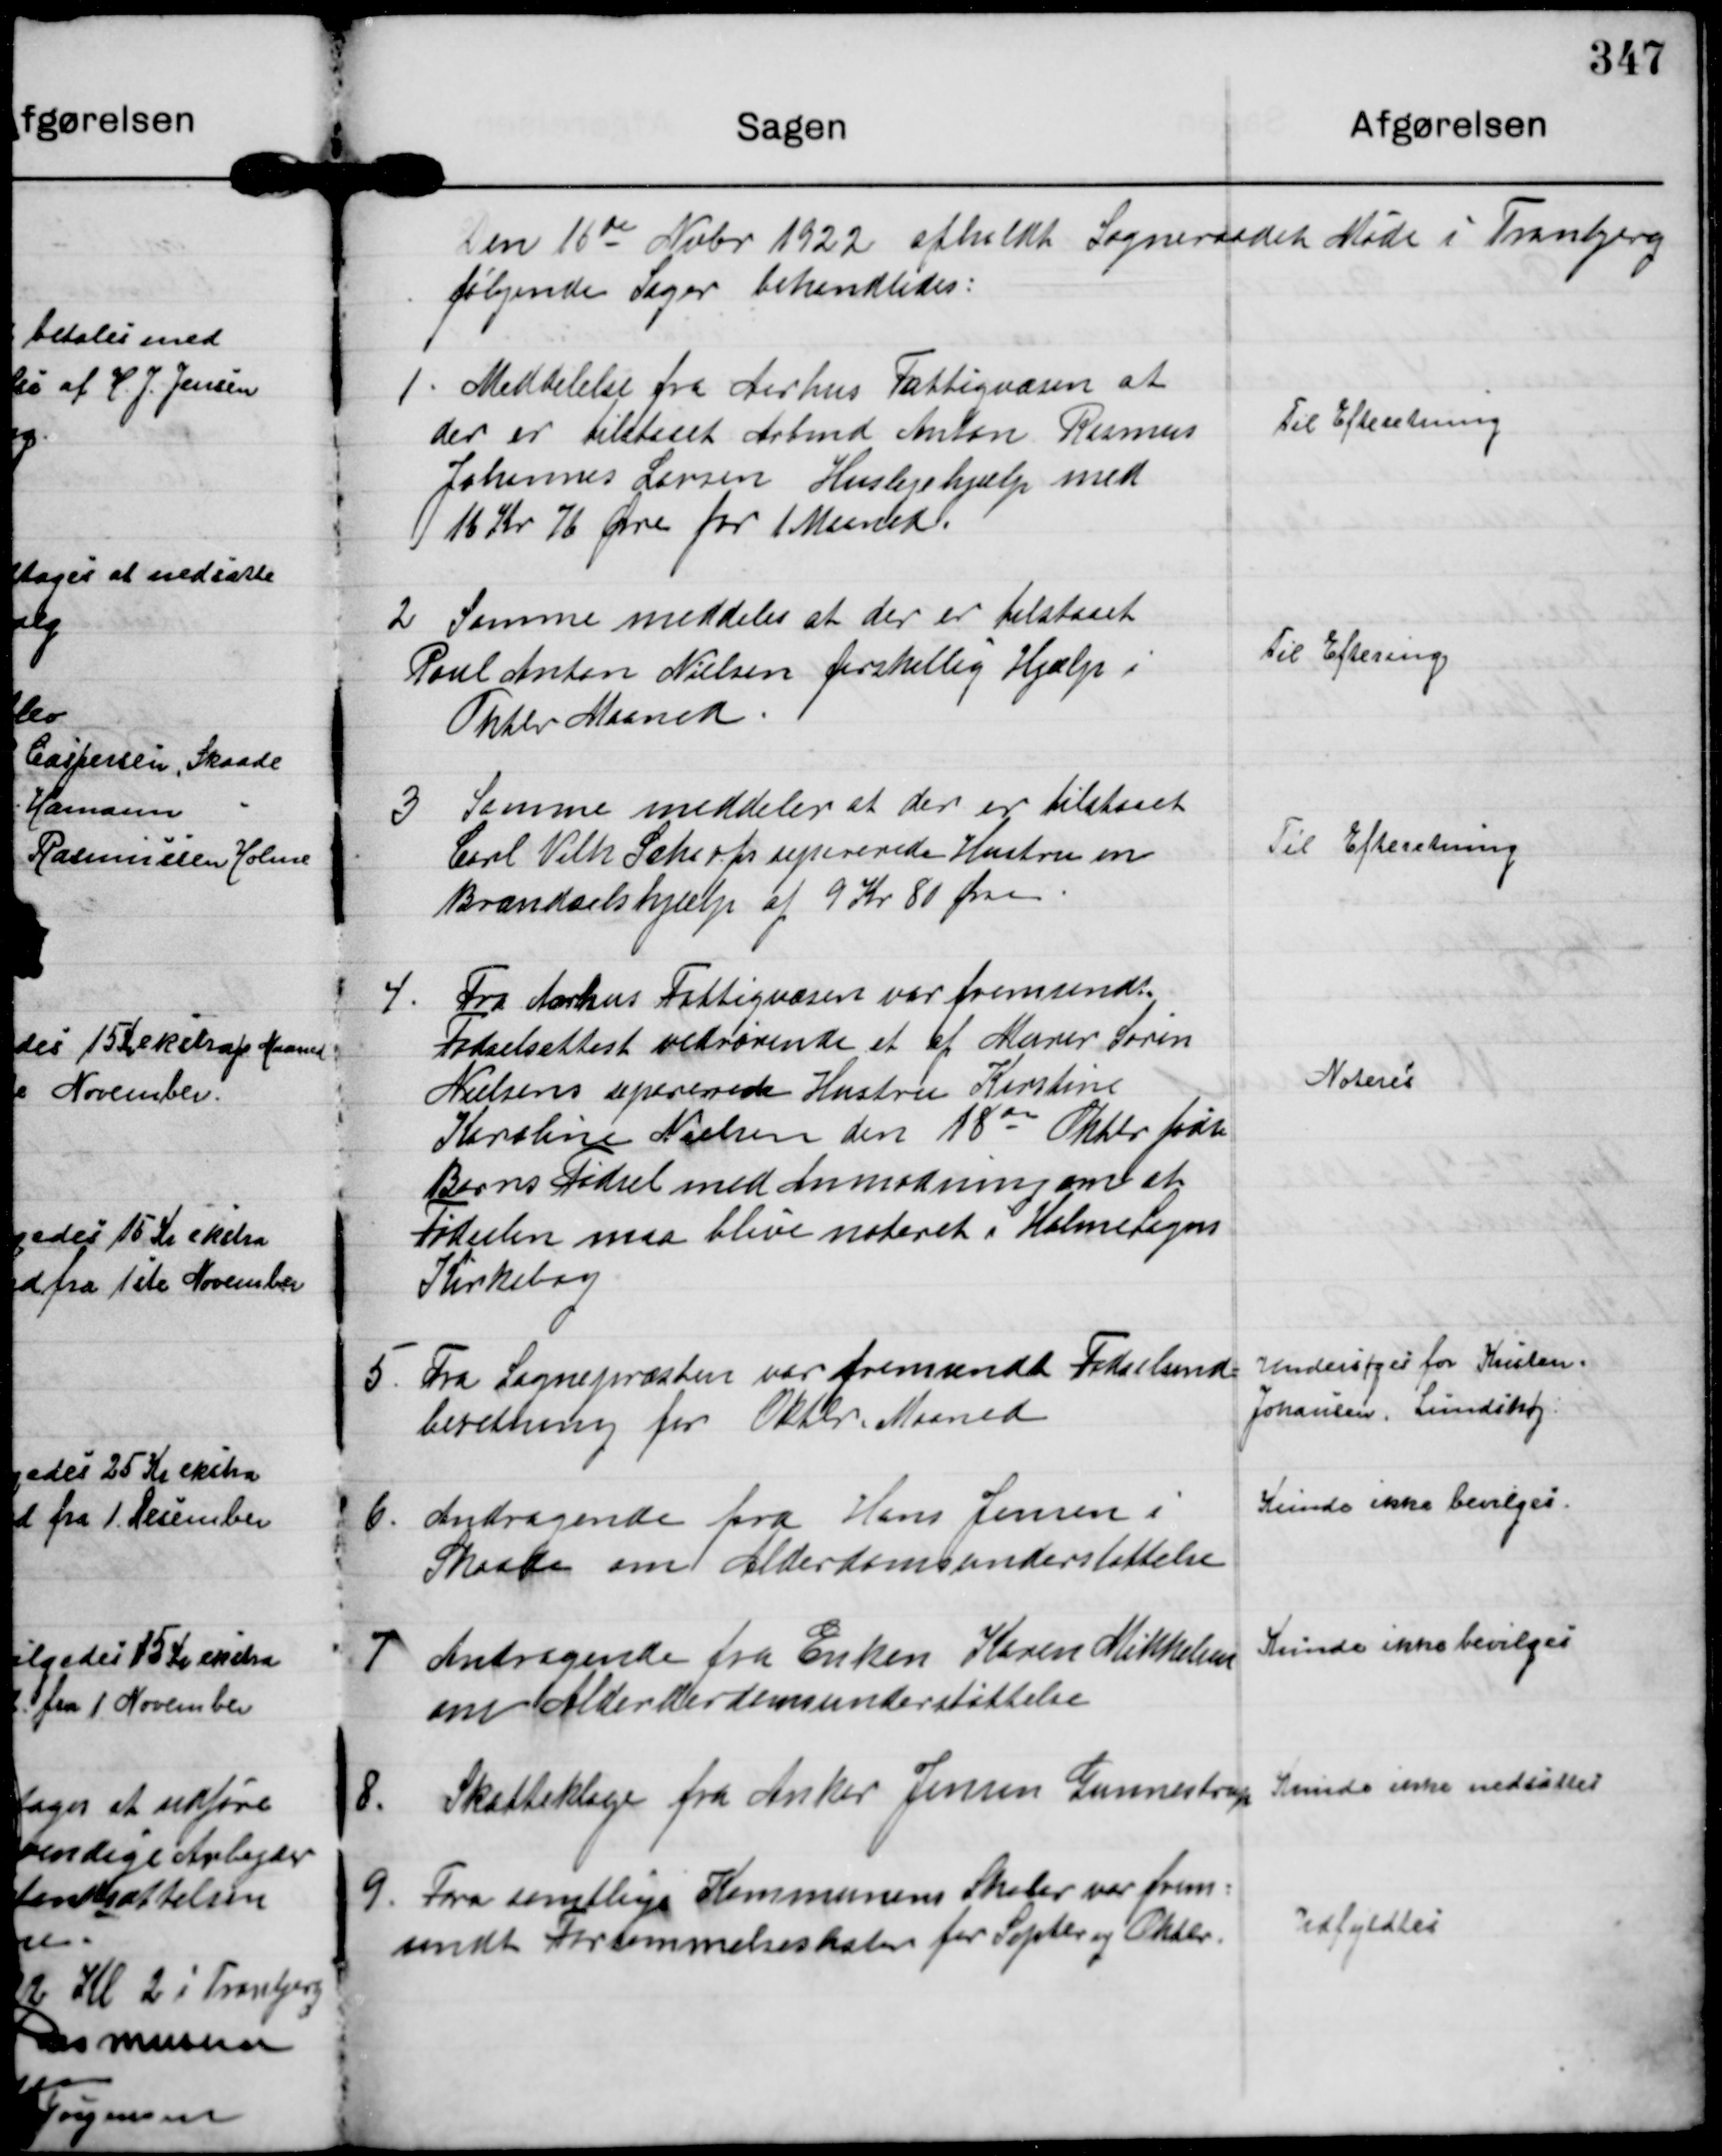
Transskription:
Den 16de Nvbr 1922 afholdt Sogneraadet Møde i Tranbjerg
følgende Sager behandledes:

1. Meddelelse fra Åarhus Fattigvæsen at
der er tilstaaet Arbmd Anton Rasmus
Johannes Larsen Huslejehjælp med
16 Kr 76 Øre for 1 Maned.

Til Efterretning

2 Samme meddeler at der er tilstaaet
Poul Anton Nielsen forskellig Hjælp i
Oktbr Maaned.

Til Eftering

3 Samme meddeler at der er tilstaaet
Carl Vilh Scherfs sepererede Hustru en
Brændselshjælp af 9 Kr 80 Øre

Til Efteretning

4. Fra Aarhus Fattigvæsen var fremsendt
Fødselsattest vedrørende et af Murer Søren
Nielsens sepererede Hustru Kirstine
Karoline Nielsen den 18de Oktbr fødte
Barns Fødsel med Anmodning om at
Fødselen maa blive noteret i Holme Sogns
Kirkebog

Noteres

5. Fra Sognepræsten var fremsendt Fødselsind-
beretning for Oktbr Maaned

Undersøges for Kristen
Johansen, Lundshøj.

6. Andragende fra Hans Jensen i
Skade om Alderdomsunderstøttelse

Kunde ikke bevilges.

7 Andragende fra Enken Karen Mikkelsen
om Alderderdomsunderstøttelse

Kunde ikke bevilges

8. Skatteklage fra Anker Jensen Gunnestrup

Kunde ikke nedsættes

9. Fra samtlige Kommunens Skoler var frem-
sendt Forsømmelseslister for Septbr og Oktbr.

Udfyldtes